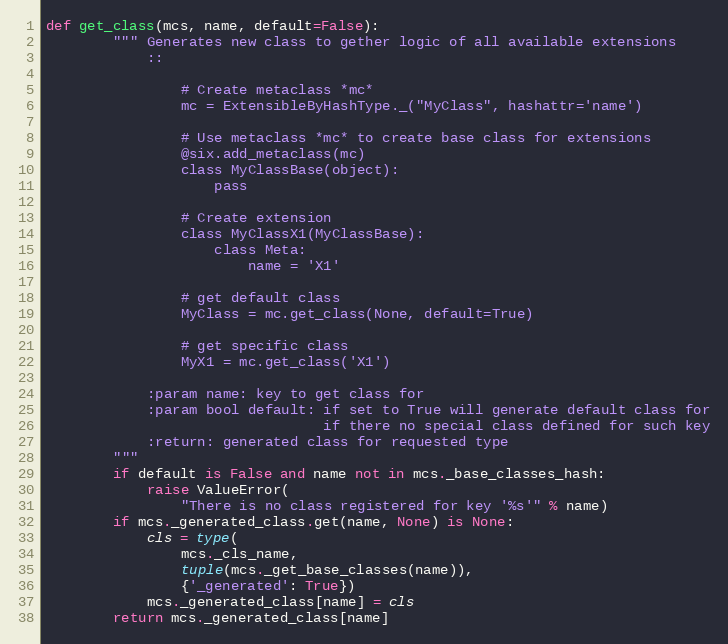
Language: Python
def get_class(mcs, name, default=False):
        """ Generates new class to gether logic of all available extensions
            ::

                # Create metaclass *mc*
                mc = ExtensibleByHashType._("MyClass", hashattr='name')

                # Use metaclass *mc* to create base class for extensions
                @six.add_metaclass(mc)
                class MyClassBase(object):
                    pass

                # Create extension
                class MyClassX1(MyClassBase):
                    class Meta:
                        name = 'X1'

                # get default class
                MyClass = mc.get_class(None, default=True)

                # get specific class
                MyX1 = mc.get_class('X1')

            :param name: key to get class for
            :param bool default: if set to True will generate default class for
                                 if there no special class defined for such key
            :return: generated class for requested type
        """
        if default is False and name not in mcs._base_classes_hash:
            raise ValueError(
                "There is no class registered for key '%s'" % name)
        if mcs._generated_class.get(name, None) is None:
            cls = type(
                mcs._cls_name,
                tuple(mcs._get_base_classes(name)),
                {'_generated': True})
            mcs._generated_class[name] = cls
        return mcs._generated_class[name]